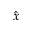
\hat { x }